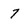
Character: 7